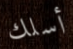
أسلك